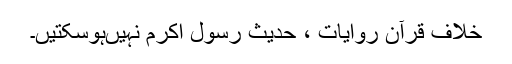
خلاف قرآن روایات ، حدیث رسول اکرم نہیں‌ہوسکتیں۔